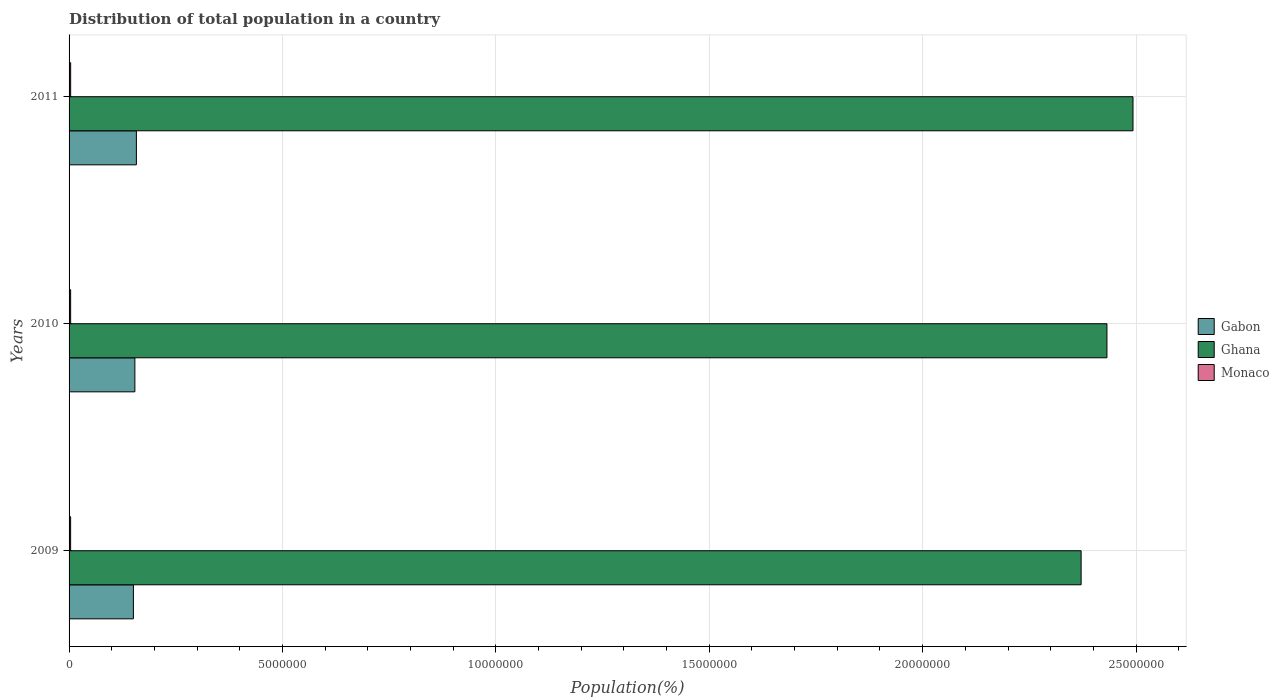
| Years | Gabon | Ghana | Monaco |
 | --- | --- | --- | --- |
 | 2009 | 1.51e+06 | 2.37e+07 | 3.64e+04 |
 | 2010 | 1.54e+06 | 2.43e+07 | 3.68e+04 |
 | 2011 | 1.58e+06 | 2.49e+07 | 3.72e+04 |